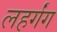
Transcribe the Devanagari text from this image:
लहर्गंग